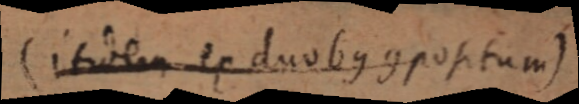
(itidem ex duobus compositum)